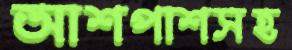
আশপাশসহ